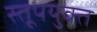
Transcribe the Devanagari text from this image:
स्तूपयुक्त